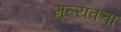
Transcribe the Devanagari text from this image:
मूल्यवत्ता